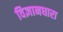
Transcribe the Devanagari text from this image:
विज्ञानधारा